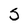
Character: S